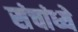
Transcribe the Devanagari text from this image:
संचांध्ये